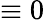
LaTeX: \equiv 0